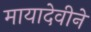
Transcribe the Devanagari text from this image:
मायादेवीने